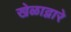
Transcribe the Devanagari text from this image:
खेळाद्वारे